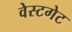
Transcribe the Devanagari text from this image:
वेस्टगेट